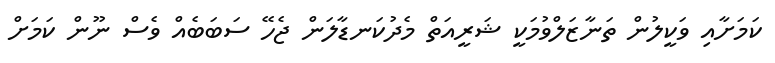
ކަމަށާއި ވަކީލުން ތަނާޒަލްވުމަކީ ޝަރީއަތް މެދުކަނޑާލަން ޖެހޭ ސަބަބެއް ވެސް ނޫން ކަމަށް